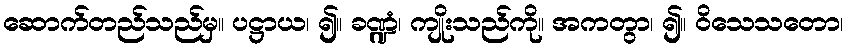
ဆောက်တည်သည်မှ။ ပဋ္ဌာယ၊ ၍။ ခဏ္ဍံ၊ ကျိုးသည်ကို။ အကတွာ၊ ၍။ ဝိသေသတော၊